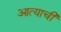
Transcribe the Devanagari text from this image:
आत्याची